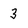
Character: 3